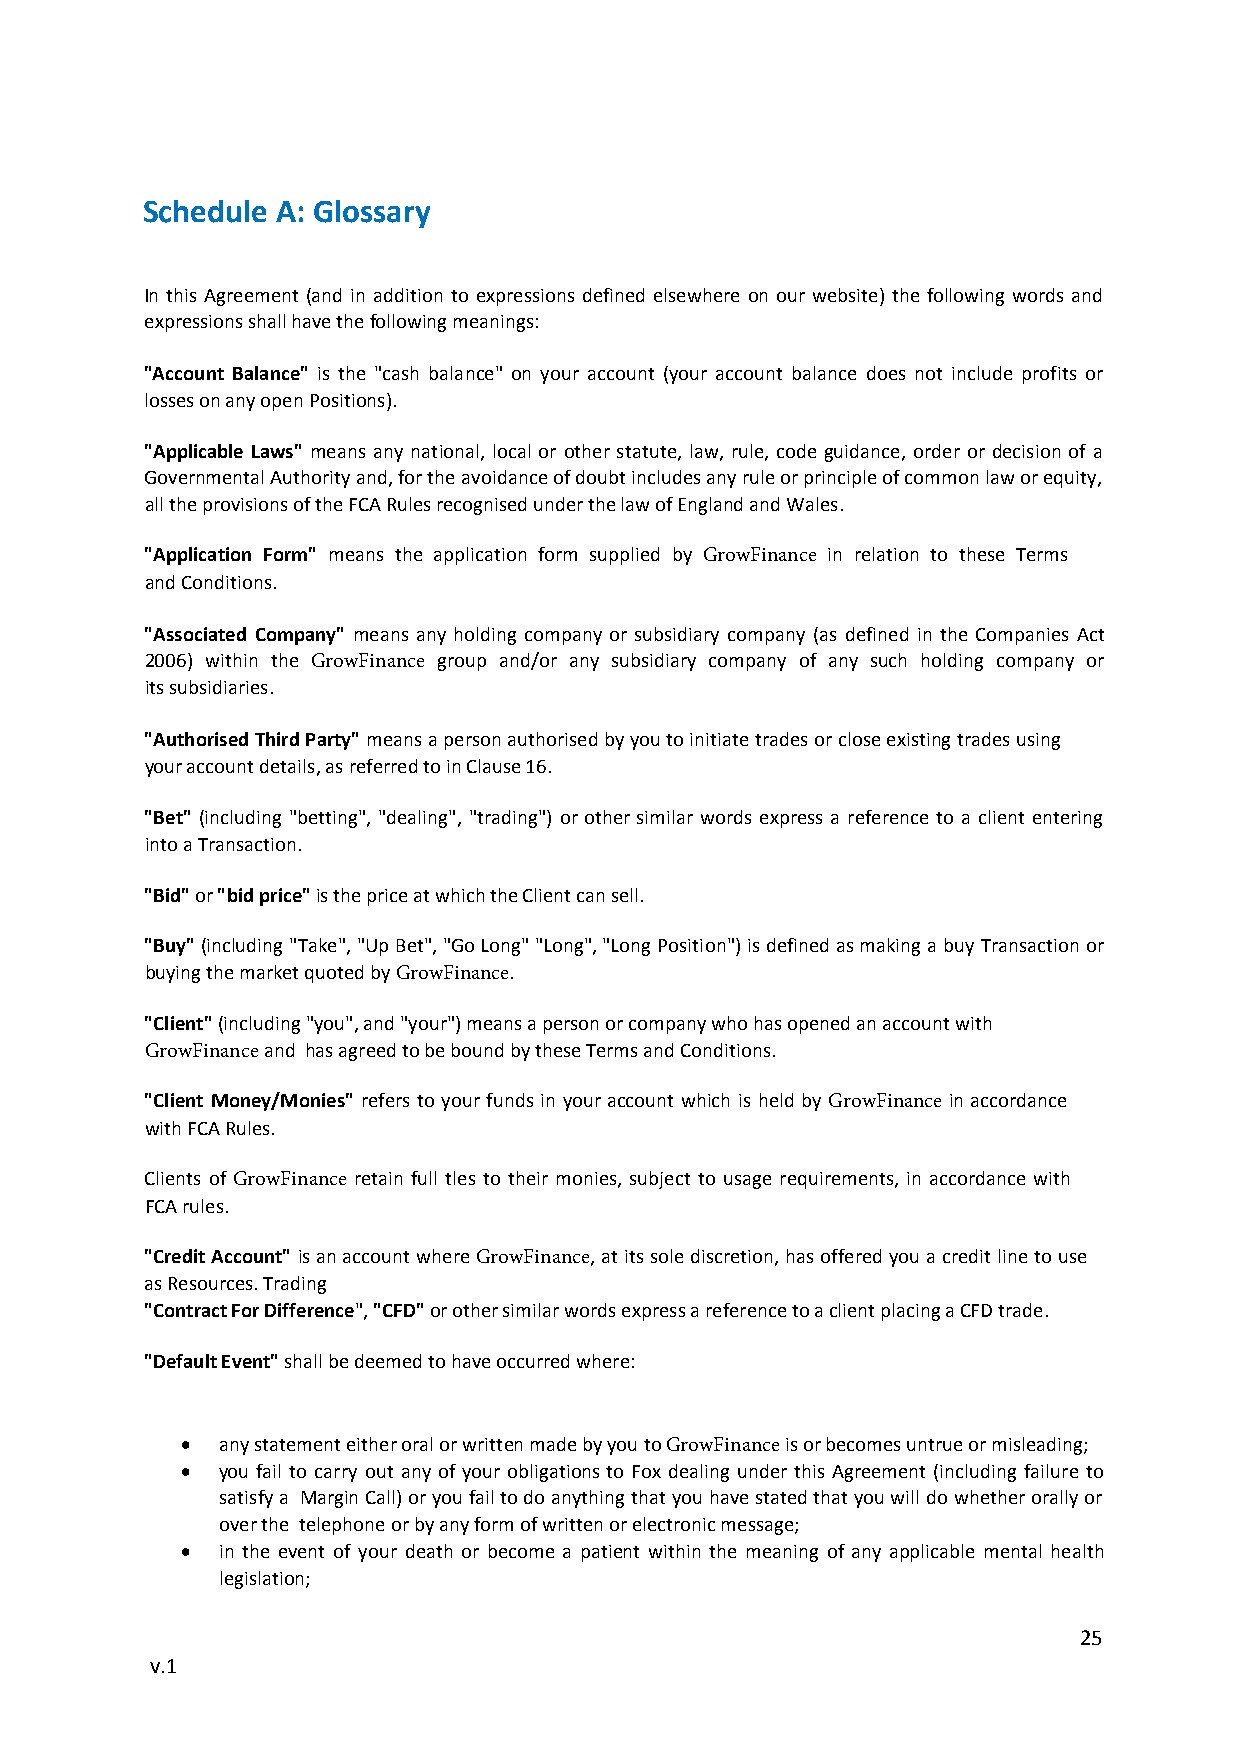
Schedule A: Glossary
 In this Agreement (and in addition to expressions defined elsewhere on our website) the following words and
 expressions shall have the following meanings:
 "Account Balance" is the "cash balance" on your account (your account balance does not include profits or
 losses on any open Positions).
 "Applicable Laws" means any national, local or other statute, law, rule, code guidance, order or decision of a
 Governmental Authority and, for the avoidance of doubt includes any rule or principle of common law or equity,
 all the provisions of the FCA Rules recognised under the law of England and Wales.
 "Application Form" means the application form supplied by PandaStocks in relation to these Terms and
 Conditions.
 "Associated Company" means any holding company or subsidiary company (as defined in the Companies Act
 2006) within the PandaStocks group and/or any subsidiary company of any such holding company or its
 subsidiaries.
 "Authorised Third Party" means a person authorised by you to initiate trades or close existing trades using your
 account details, as referred to in Clause 16.
 "Bet" (including "betting", "dealing", "trading") or other similar words express a reference to a client entering
 into a Transaction.
 "Bid" or "bid price" is the price at which the Client can sell.
 "Buy" (including "Take", "Up Bet", "Go Long" "Long", "Long Position") is defined as making a buy Transaction or
 buying the market quoted by PandaStocks.
 "Client" (including "you", and "your") means a person or company who has opened an account with PandaStocks
 and has agreed to be bound by these Terms and Conditions.
 "Client Money/Monies" refers to your funds in your account which is held by PandaStocks in accordance with
 FCA Rules.
 Clients of PandaStocks retain full tles to their monies, subject to usage requirements, in accordance with FCA
 rules.
 "Credit Account" is an account where PandaStocks, at its sole discretion, has offered you a credit line to use as
 Resources. Trading
 "Contract For Difference", "CFD" or other similar words express a reference to a client placing a CFD trade.
 "Default Event" shall be deemed to have occurred where:
  any statement either oral or written made by you to PandaStocks is or becomes untrue or misleading;
  you fail to carry out any of your obligations to Fox dealing under this Agreement (including failure to
 satisfy a Margin Call) or you fail to do anything that you have stated that you will do whether orally or
 over the telephone or by any form of written or electronic message;
  in the event of your death or become a patient within the meaning of any applicable mental health
 legislation;
 25
 v.1